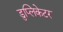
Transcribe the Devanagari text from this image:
डुप्लिकेटर